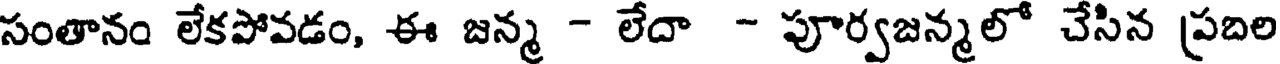
సంతానం లేకపోవడం, ఈ జన్మ - లేదా - పూర్వజన్మలో చేసిన ప్రదిల